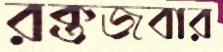
রক্তজবার